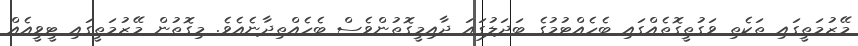
މޭޒުމަތީގައި ތަކެތި ވަގުތީގޮތެއްގައި ބެހެއްޓުމުގެ ބަދަލުގައަ ދާއިމީގޮތުންވެސް ބެހެއްތިދާނެއެވެ. މިގޮތުން މޭޒުމަތީގައި ޓީވީއެއް